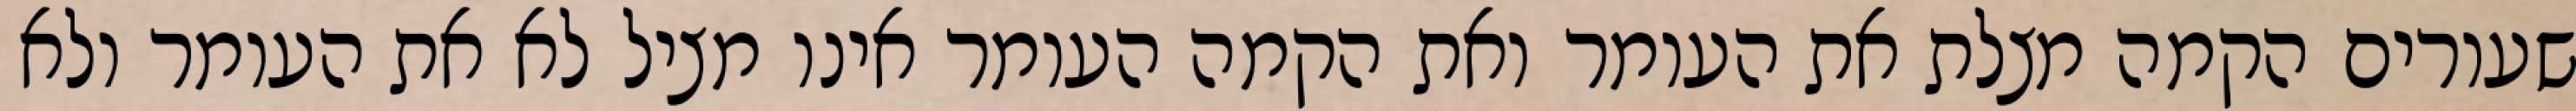
שעורים הקמה מצלת את העומר ואת הקמה העומר אינו מציל לא את העומר ולא